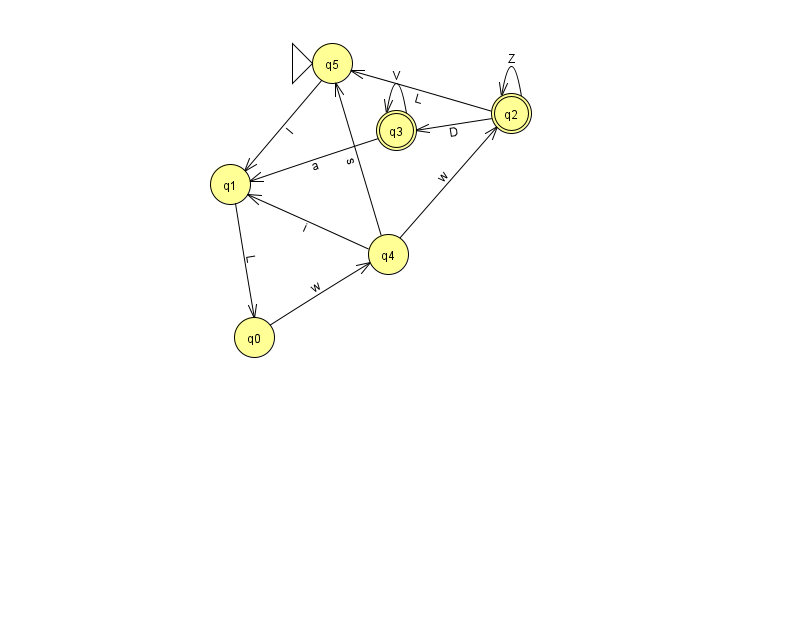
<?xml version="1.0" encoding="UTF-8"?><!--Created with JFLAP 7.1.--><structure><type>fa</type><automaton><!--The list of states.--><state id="0" name="q0"><x>254.0</x><y>324.0</y></state><state id="1" name="q1"><x>230.0</x><y>171.0</y></state><state id="2" name="q2"><x>511.0</x><y>100.0</y><final/></state><state id="3" name="q3"><x>396.0</x><y>117.0</y><final/></state><state id="4" name="q4"><x>388.0</x><y>241.0</y></state><state id="5" name="q5"><x>332.0</x><y>50.0</y><initial/></state><!--The list of transitions.--><transition><from>1</from><to>0</to><read>L</read></transition><transition><from>2</from><to>5</to><read>L</read></transition><transition><from>4</from><to>2</to><read>w</read></transition><transition><from>5</from><to>1</to><read>I</read></transition><transition><from>2</from><to>3</to><read>D</read></transition><transition><from>3</from><to>1</to><read>a</read></transition><transition><from>3</from><to>3</to><read>V</read></transition><transition><from>4</from><to>5</to><read>s</read></transition><transition><from>0</from><to>4</to><read>w</read></transition><transition><from>4</from><to>1</to><read>i</read></transition><transition><from>2</from><to>2</to><read>Z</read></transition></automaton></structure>